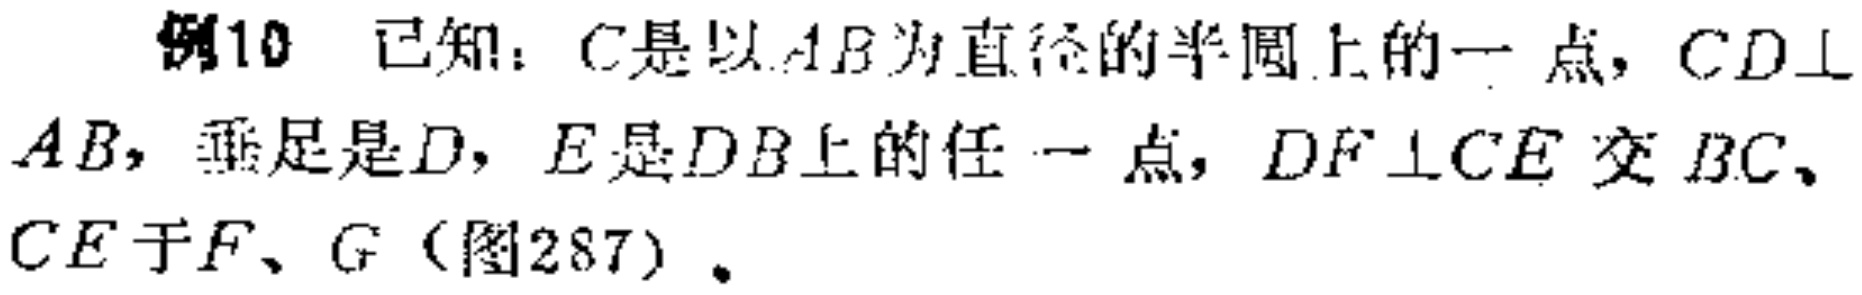
例10 已知：$C$是以$AB$为直径的半圆上的一点，$CD\perp AB$，垂足是$D$，$E$是$DB$上的任一点，$DF\perp CE$交$BC$、$CE$于$F$、$G$（图287）。